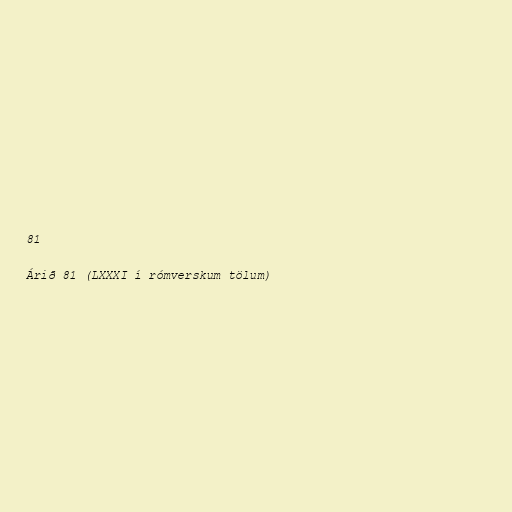
81

Árið 81 (LXXXI í rómverskum tölum)